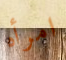
امرأه